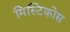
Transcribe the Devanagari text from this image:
मिस्टिकोस